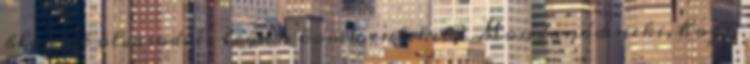
blogját olvasod, és írod a kommenteket? Mondanád neki, hogy